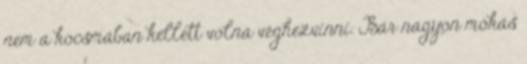
nem a kocsmában kellett volna véghezvinni. Bár nagyon mókás